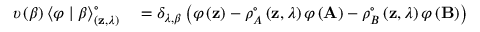
\begin{array} { r l } { \upsilon \left( \beta \right) \left< \varphi \mid \beta \right> _ { \left( \mathbf { z } , \lambda \right) } ^ { \circ } } & { { } = \delta _ { \lambda , \beta } \left( \varphi \left( \mathbf { z } \right) - \rho _ { A } ^ { \circ } \left( \mathbf { z } , \lambda \right) \varphi \left( \mathbf { A } \right) - \rho _ { B } ^ { \circ } \left( \mathbf { z } , \lambda \right) \varphi \left( \mathbf { B } \right) \right) } \end{array}